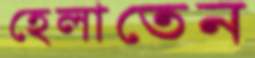
হেলাতেন